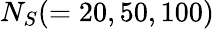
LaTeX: N_{S}(=20,50,100)